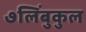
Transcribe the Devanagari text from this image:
७लिंबुकुल